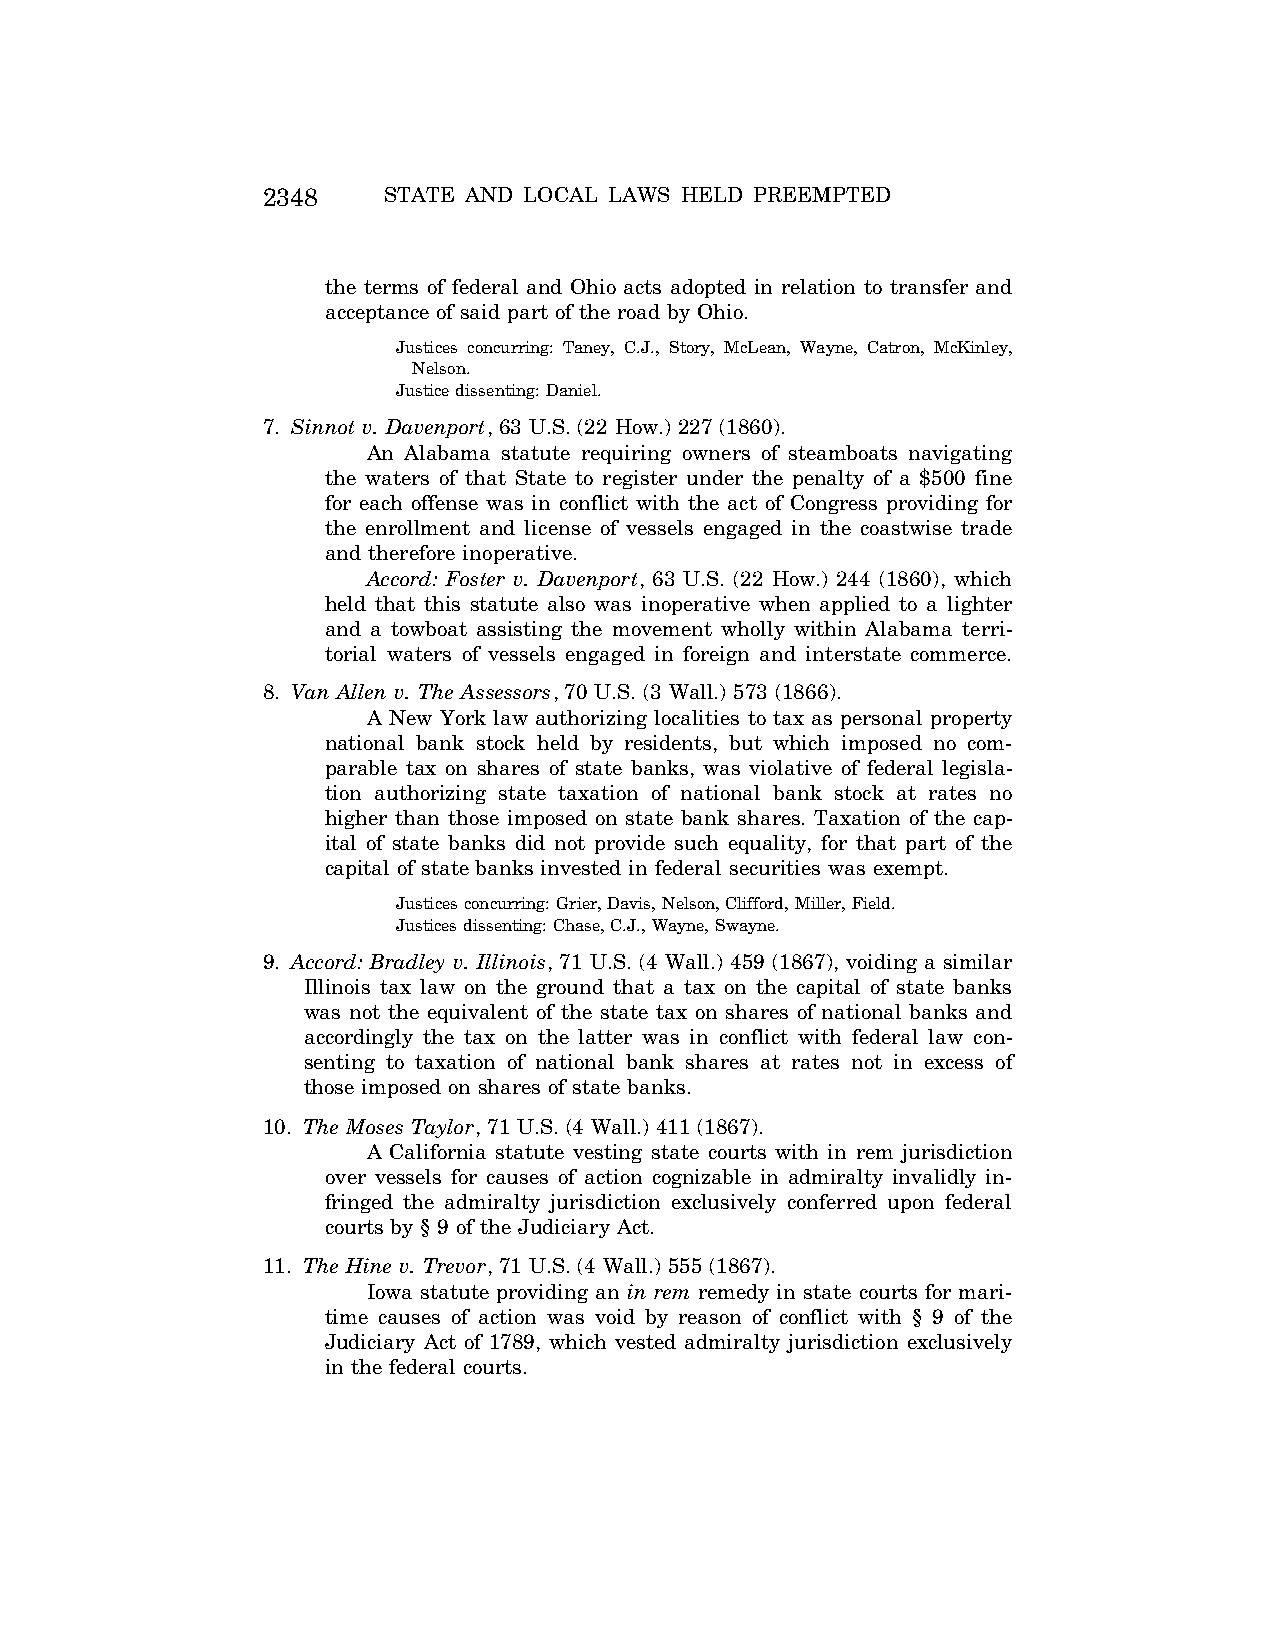
2348    STATE AND LOCAL LAWS HELD PREEMPTED
 the terms of federal and Ohio acts adopted in relation to transfer and
 acceptance of said part of the road by Ohio.
 Justices concurring: Taney, C.J., Story, McLean, Wayne, Catron, McKinley,
 Nelson.
 Justice dissenting: Daniel.
 7. Sinnot v. Davenport, 63 U.S. (22 How.) 227 (1860).
 An Alabama statute requiring owners of steamboats navigating
 the waters of that State to register under the penalty of a $500 fine
 for each offense was in conflict with the act of Congress providing for
 the enrollment and license of vessels engaged in the coastwise trade
 and therefore inoperative.
 Accord: Foster v. Davenport, 63 U.S. (22 How.) 244 (1860), which
 held that this statute also was inoperative when applied to a lighter
 and a towboat assisting the movement wholly within Alabama terri-
 torial waters of vessels engaged in foreign and interstate commerce.
 8. Van Allen v. The Assessors, 70 U.S. (3 Wall.) 573 (1866).
 A New York law authorizing localities to tax as personal property
 national bank stock held by residents, but which imposed no com-
 parable tax on shares of state banks, was violative of federal legisla-
 tion authorizing state taxation of national bank stock at rates no
 higher than those imposed on state bank shares. Taxation of the cap-
 ital of state banks did not provide such equality, for that part of the
 capital of state banks invested in federal securities was exempt.
 Justices concurring: Grier, Davis, Nelson, Clifford, Miller, Field.
 Justices dissenting: Chase, C.J., Wayne, Swayne.
 9. Accord: Bradley v. Illinois, 71 U.S. (4 Wall.) 459 (1867), voiding a similar
 Illinois tax law on the ground that a tax on the capital of state banks
 was not the equivalent of the state tax on shares of national banks and
 accordingly the tax on the latter was in conflict with federal law con-
 senting to taxation of national bank shares at rates not in excess of
 those imposed on shares of state banks.
 10. The Moses Taylor, 71 U.S. (4 Wall.) 411 (1867).
 A California statute vesting state courts with in rem jurisdiction
 over vessels for causes of action cognizable in admiralty invalidly in-
 fringed the admiralty jurisdiction exclusively conferred upon federal
 courts by § 9 of the Judiciary Act.
 11. The Hine v. Trevor, 71 U.S. (4 Wall.) 555 (1867).
 Iowa statute providing an in rem remedy in state courts for mari-
 time causes of action was void by reason of conflict with § 9 of the
 Judiciary Act of 1789, which vested admiralty jurisdiction exclusively
 in the federal courts.
 VerDate Aug<04>2004 12:59 Aug 23, 2004 Jkt 077500 PO 00000 Frm 00002 Fmt 8222 Sfmt 8222 C:\CONAN\CON066.SGM PRFM99 PsN: CON066